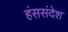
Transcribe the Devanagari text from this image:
हंससंदेश